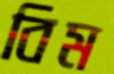
বিম